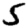
Digit: 5